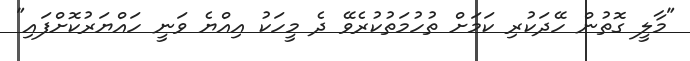
"މާލީ ގޮތުން ހޭދަކުރި ކަމަށް ތުހުމަތުކުރެވޭ ދެ މީހަކު އިއްޔެ ވަނީ ހައްޔަރުކޮށްފައި"